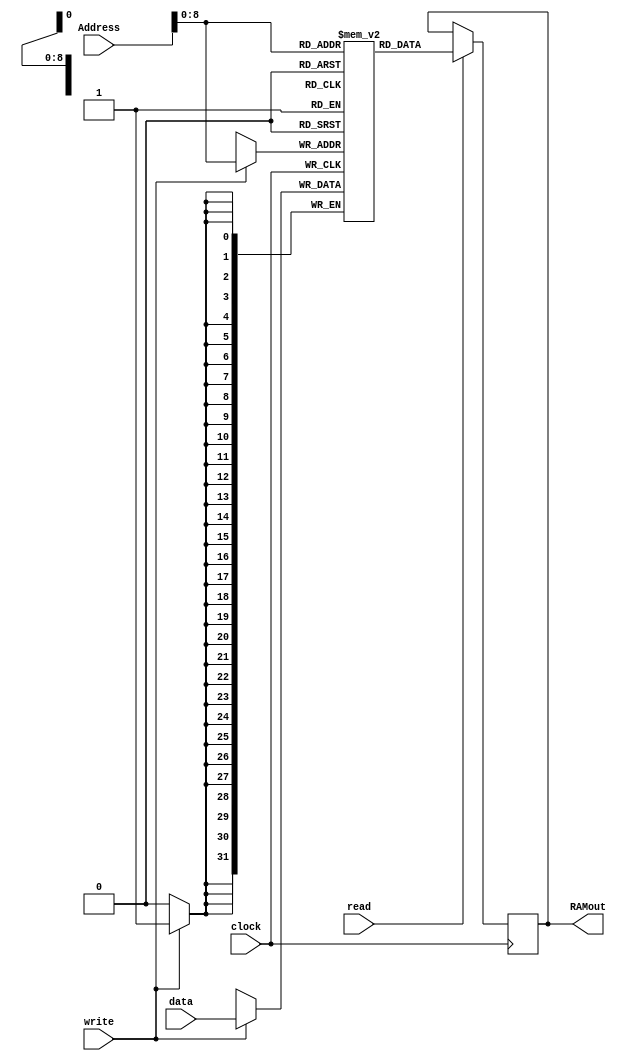


module RAM(
output reg [31:0] RAMout/* to MDR MDataIN*/,
input clock, 
input read,
input write,
input [31:0] data/*FROm MDR AKA Q*/,
input [31:0] Address/*From MAR*/);

reg [31:0] mem_array [511:0]; 
initial begin 
   //load immediate 1 instruction
	mem_array[0] = 32'b00000000100000000000000010000101; //ldi r1, $85
	
	//load immediate 2 instruction
	mem_array[1] = 32'b00000000100000000000000000000101; //ldi r1, 5
	mem_array[2] = 32'b00000000000010000000000000110101; //ldi r0, r1($35)
	
	//load 1 instruction
	mem_array[3] = 32'b00000000100000000000000010000101; //ld r1, $85
	mem_array[133] = 32'd16;
	
	//load 2 instruction
	mem_array[4] = 32'b00000000100000000000000001010101; //ldi r1, 85
	mem_array[5] = 32'b00000000000010000000000000110101; //ld r0, $35(r1)
	mem_array[138] = 32'd12;
	
	//store 1 instruction where r1 = 85 and stores r1 at address 90
	mem_array[18] = 32'b00000000100000000000000001010101;
	mem_array[19] = 32'b00000000100000000000000010010000; 
	mem_array[20] = 32'b00000000000000000000000010010000;
	
	//store 2 instruction where r1 = 85 and stores r1 at address 85 + 90 = 175
	mem_array[21] = 32'b00000000100000000000000001010101;
	mem_array[22] = 32'b00000000100010000000000010010000; 
	mem_array[23] = 32'b00000000000000000000000011100101;
	
	//alu instruction
	mem_array[6] = 32'b00000000100000000000000001010101; //ldi r1, 85
	//mem_array[7] = 32'b00000001000011111111111111111011; 	//FOR ADD
	mem_array[7] = 32'b00000001000010000000000000100110; //FOR OR, AND
	
	//branch instruction
	//For checking brzr
	//mem_array[8] = 32'b00000001000000000000000000000000; //takes branch
	mem_array[8] = 32'b00000001000000000000000000000001; //does not take branch
	mem_array[9] = 32'b00000001000000000000000000100011;
				
	//For checking brnz
	//mem_array[8] = 32'b00000001000000000000000000000001; //takes branch
	//mem_array[8] = 32'b00000001000000000000000000000000; //does not take branch
	//mem_array[9] = 32'b00000001000010000000000000100011;
				
	//For checking brpl
	//mem_array[8] = 32'b00000001000000000000000000000001; //takes branch
	//mem_array[8] = 32'b00000001000001000000000000000000; //does not take branch
	//mem_array[9] = 32'b00000001000100000000000000100011;
				
	//For checking brmi
	//mem_array[8] = 32'b00000001000001000000000000000000; //takes branch
	//mem_array[8] = 32'b00000001000000000000000000000001; //does not take branch
	//mem_array[9] = 32'b00000001000110000000000000100011;
	
	//jr instruction
	mem_array[10] = 32'b00000000100000000000000000010010;
	
	//jal instruction
	mem_array[11] = 32'b00000000100000000000000000010010;
	mem_array[12] = 32'b00000000111110000000000000000000;
	
	//mfhi instruction
	mem_array[13] = 32'b00000001000000000000000000000000;
	
	//mflo instruction
	mem_array[14] = 32'b00000001000000000000000000000000;

	//in instruction
	mem_array[15] = 32'b00000000100000000000000000000000;
	
	//out instruction
	mem_array[16] = 32'b00000000100000000000000000010010;
	mem_array[17] = 32'b00000000100000000000000000000000;
end 

always@(negedge clock) 
begin
   #5
	if(write == 1)
		mem_array[Address] <= data; 
		
	if(read == 1)
		RAMout <= mem_array[Address];
end
endmodule